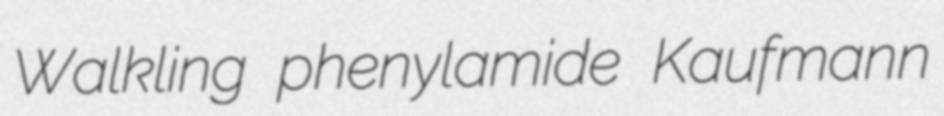
Walkling phenylamide Kaufmann